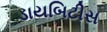
ડાયબિટીસ